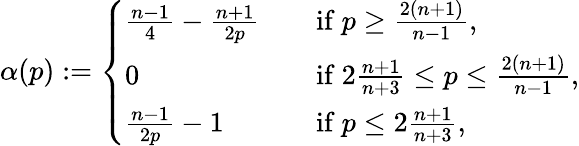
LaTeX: \alpha(p):=\left\{ \begin{array}{ll}{\frac{n-1}{4}-\frac{n+1}{2p}}&{\quad\mathrm{if~}p\geq\frac{2(n+1)}{n-1},}\\ {0}&{\quad\mathrm{if~}2\frac{n+1}{n+3}\leq p\leq\frac{2(n+1)}{n-1},}\\ {\frac{n-1}{2p}-1}&{\quad\mathrm{if~}p\leq 2\frac{n+1}{n+3},}\end{array}\right.